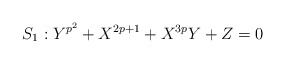
\begin{align*}S_1: Y^{p^2}+X^{2p+1}+X^{3p}Y+Z=0\end{align*}